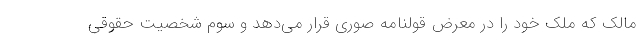
مالک که ملک خود را در معرض قولنامه صوری قرار می‌دهد و سوم شخصیت حقوقی